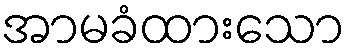
အာမခံထားသော